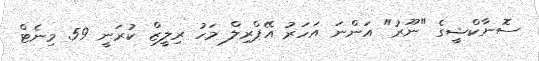
ސޮނާކްޝީގެ "ނޫރު" އަންނަ އަހަރު އޭޕްރިލް މަހު ރިލީޒް ކުރަނީ 59 މިނެޓް